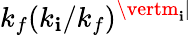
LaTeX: k_{f}(k_{\mathbf{i}}/k_{f})^{\vertm_{\mathbf{i}}\vert}